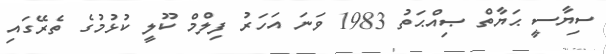
ސިޔާސީ ޙަޔާތް ޞިއްޙަތު 1983 ވަނަ އަހަރު ފިލްމް ކޫލީ ކުޅުމުގެ ތެރޭގައި